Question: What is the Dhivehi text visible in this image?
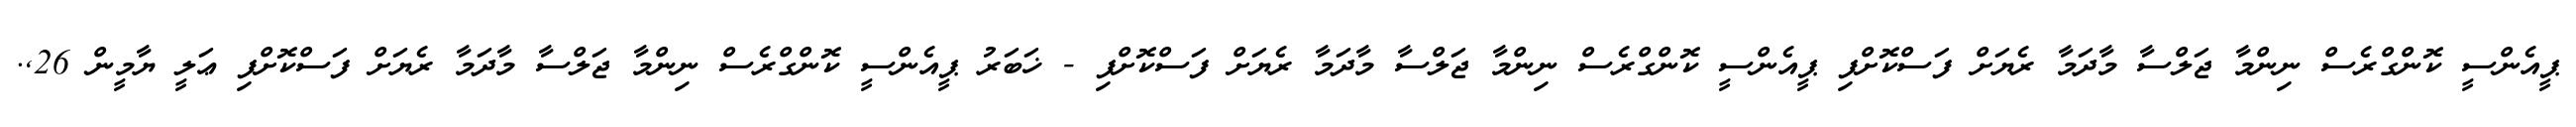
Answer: ޕީއެންސީ ކޮންގްރެސް ނިންމާ ޖަލްސާ މާދަމާ ރެޔަށް ފަސްކޮށްފި ޕީއެންސީ ކޮންގްރެސް ނިންމާ ޖަލްސާ މާދަމާ ރެޔަށް ފަސްކޮށްފި - ޚަބަރު ޕީއެންސީ ކޮންގްރެސް ނިންމާ ޖަލްސާ މާދަމާ ރެޔަށް ފަސްކޮށްފި ޢަލީ ޔާމީން 26,.